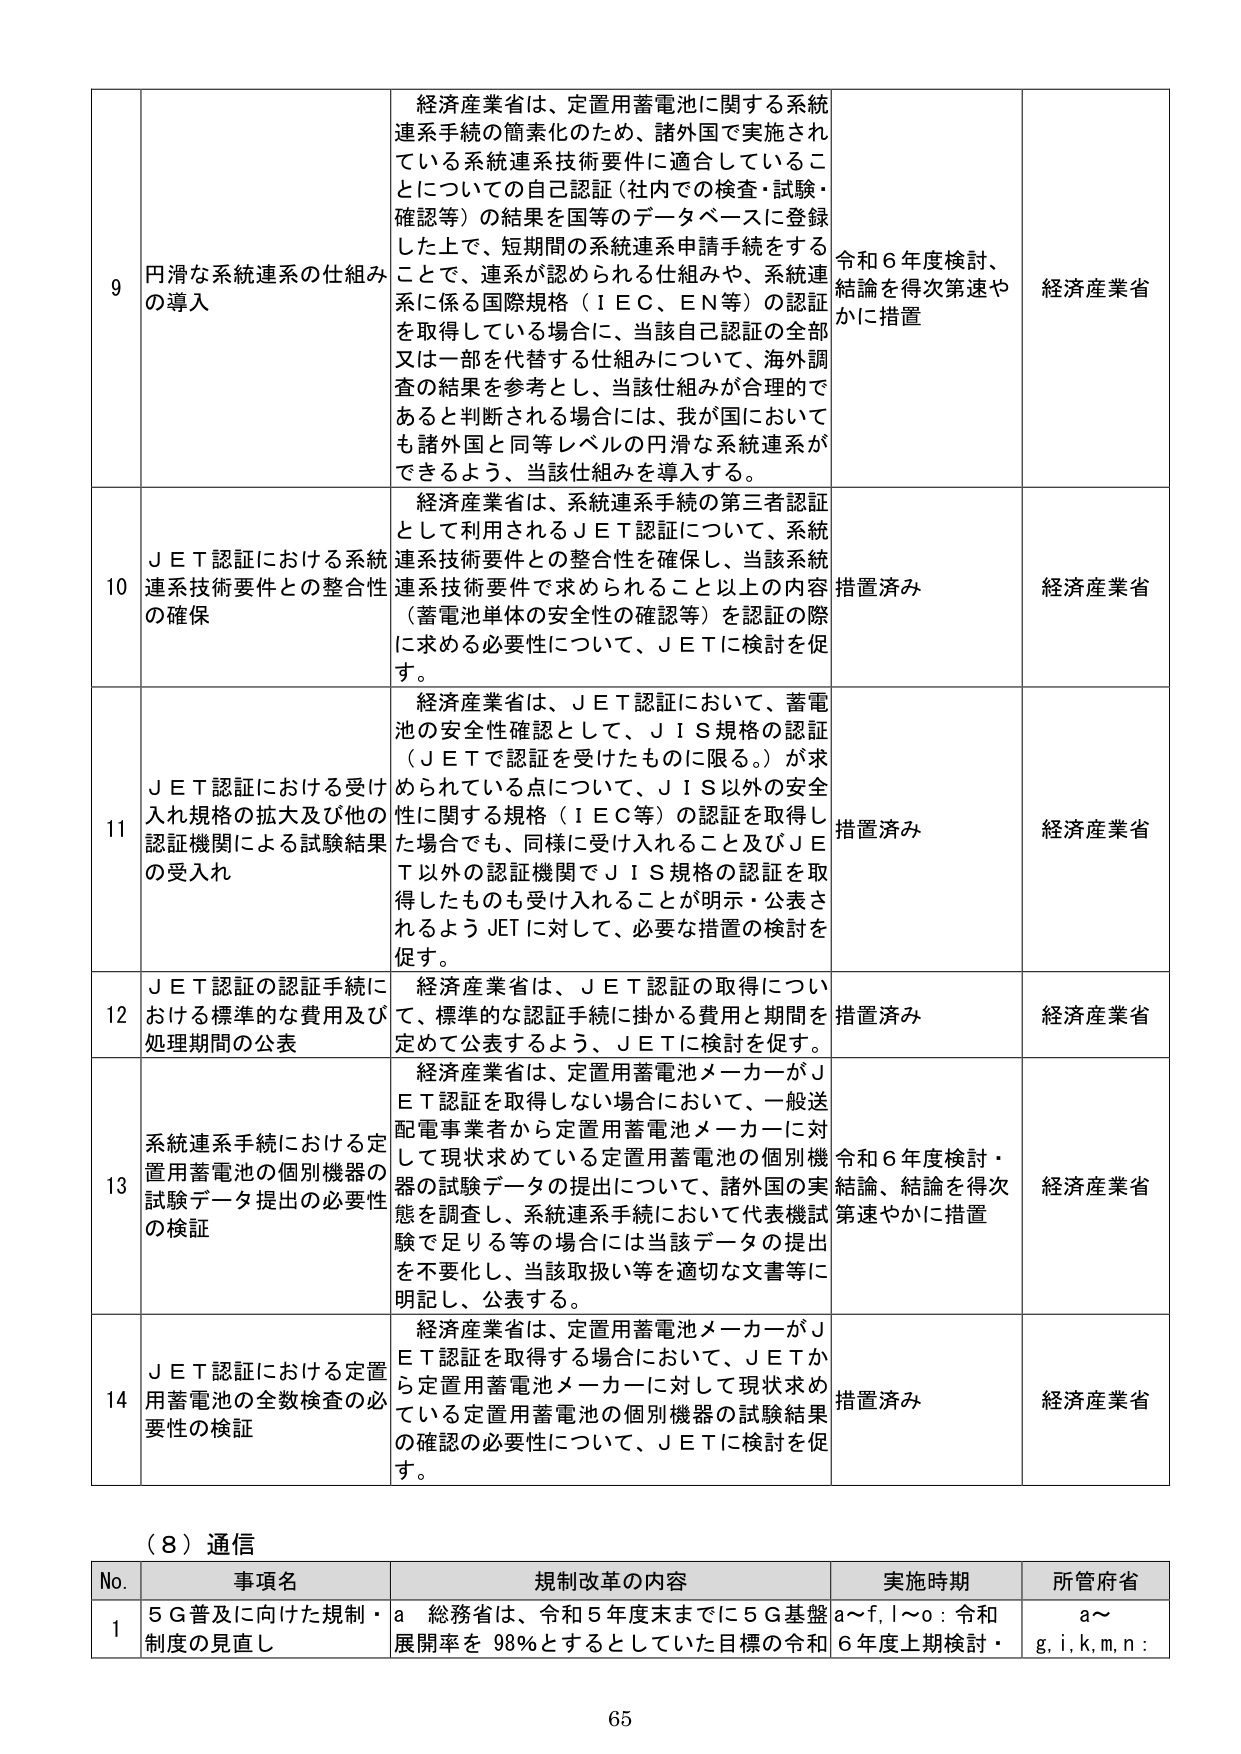
9 円滑な系統連系の仕組みの導入 経済産業省は、定置用蓄電池に関する系統連系手続の簡素化のため、諸外国で実施されている系統連系技術要件に適合していることについての自己認証（社内での検査・試験・確認等）の結果を国等のデータベースに登録した上で、短期間の系統連系申請手続をすることで、連系が認められる仕組みや、系統連系に係る国際規格（ＩＥＣ、ＥＮ等）の認証を取得している場合に、当該自己認証の全部又は一部を代替する仕組みについて、海外調査の結果を参考とし、当該仕組みが合理的であると判断される場合には、我が国においても諸外国と同等レベルの円滑な系統連系ができるよう、当該仕組みを導入する。 令和６年度検討、結論を得次第速やかに措置 経済産業省

10 ＪＥＴ認証における系統連系技術要件との整合性の確保 経済産業省は、系統連系手続の第三者認証として利用されるＪＥＴ認証について、系統連系技術要件との整合性を確保し、当該系統連系技術要件で求められること以上の内容（蓄電池単体の安全性の確認等）を認証の際に求める必要性について、ＪＥＴに検討を促す。 措置済み 経済産業省

11 ＪＥＴ認証における受け入れ規格の拡大及び他の認証機関による試験結果の受入れ 経済産業省は、ＪＥＴ認証において、蓄電池の安全性確認として、ＪＩＳ規格の認証（ＪＥＴで認証を受けたものに限る。）が求められている点について、ＪＩＳ以外の安全性に関する規格（ＩＥＣ等）の認証を取得した場合でも、同様に受け入れること及びＪＥＴ以外の認証機関でＪＩＳ規格の認証を取得したものも受け入れることが明示・公表されるようＪＥＴに対して、必要な措置の検討を促す。 措置済み 経済産業省

12 ＪＥＴ認証の認証手続における標準的な費用及び処理期間の公表 経済産業省は、ＪＥＴ認証の取得について、標準的な認証手続に掛かる費用と期間を定めて公表するよう、ＪＥＴに検討を促す。 措置済み 経済産業省

13 系統連系手続における定置用蓄電池の個別機器の試験データ提出の必要性の検証 経済産業省は、定置用蓄電池メーカーがＪＥＴ認証を取得しない場合において、一般送配電事業者から定置用蓄電池メーカーに対して現状求めている定置用蓄電池の個別機器の試験データの提出について、諸外国の実態を調査し、系統連系手続において代表機試験で足りる等の場合には当該データの提出を不要化し、当該取扱い等を適切な文書等に明記し、公表する。 令和６年度検討・結論、結論を得次第速やかに措置 経済産業省

14 ＪＥＴ認証における定置用蓄電池の全数検査の必要性の検証 経済産業省は、定置用蓄電池メーカーがＪＥＴ認証を取得する場合において、ＪＥＴから定置用蓄電池メーカーに対して現状求めている定置用蓄電池の個別機器の試験結果の確認の必要性について、ＪＥＴに検討を促す。 措置済み 経済産業省

（８）通信

No. 事項名 規制改革の内容 実施時期 所管府省

1 ５Ｇ普及に向けた規制・制度の見直し a 総務省は、令和５年度末までに５Ｇ基盤展開率を 98％とするとしていた目標の令和 a～f, l～o：令和６年度上期検討・ a～g, i, k, m, n：

65